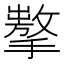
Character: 𢶗